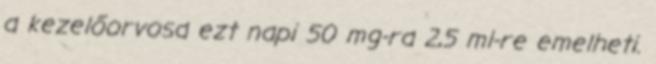
a kezelőorvosa ezt napi 50 mg-ra 2,5 ml-re emelheti.